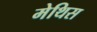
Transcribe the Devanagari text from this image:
मेथिस